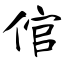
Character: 倌